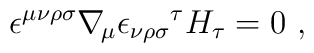
\epsilon^{\mu\nu\rho\sigma}\nabla_{\!\mu}{\epsilon_{\nu\rho\sigma}}^\tau H_\tau = 0 \ ,